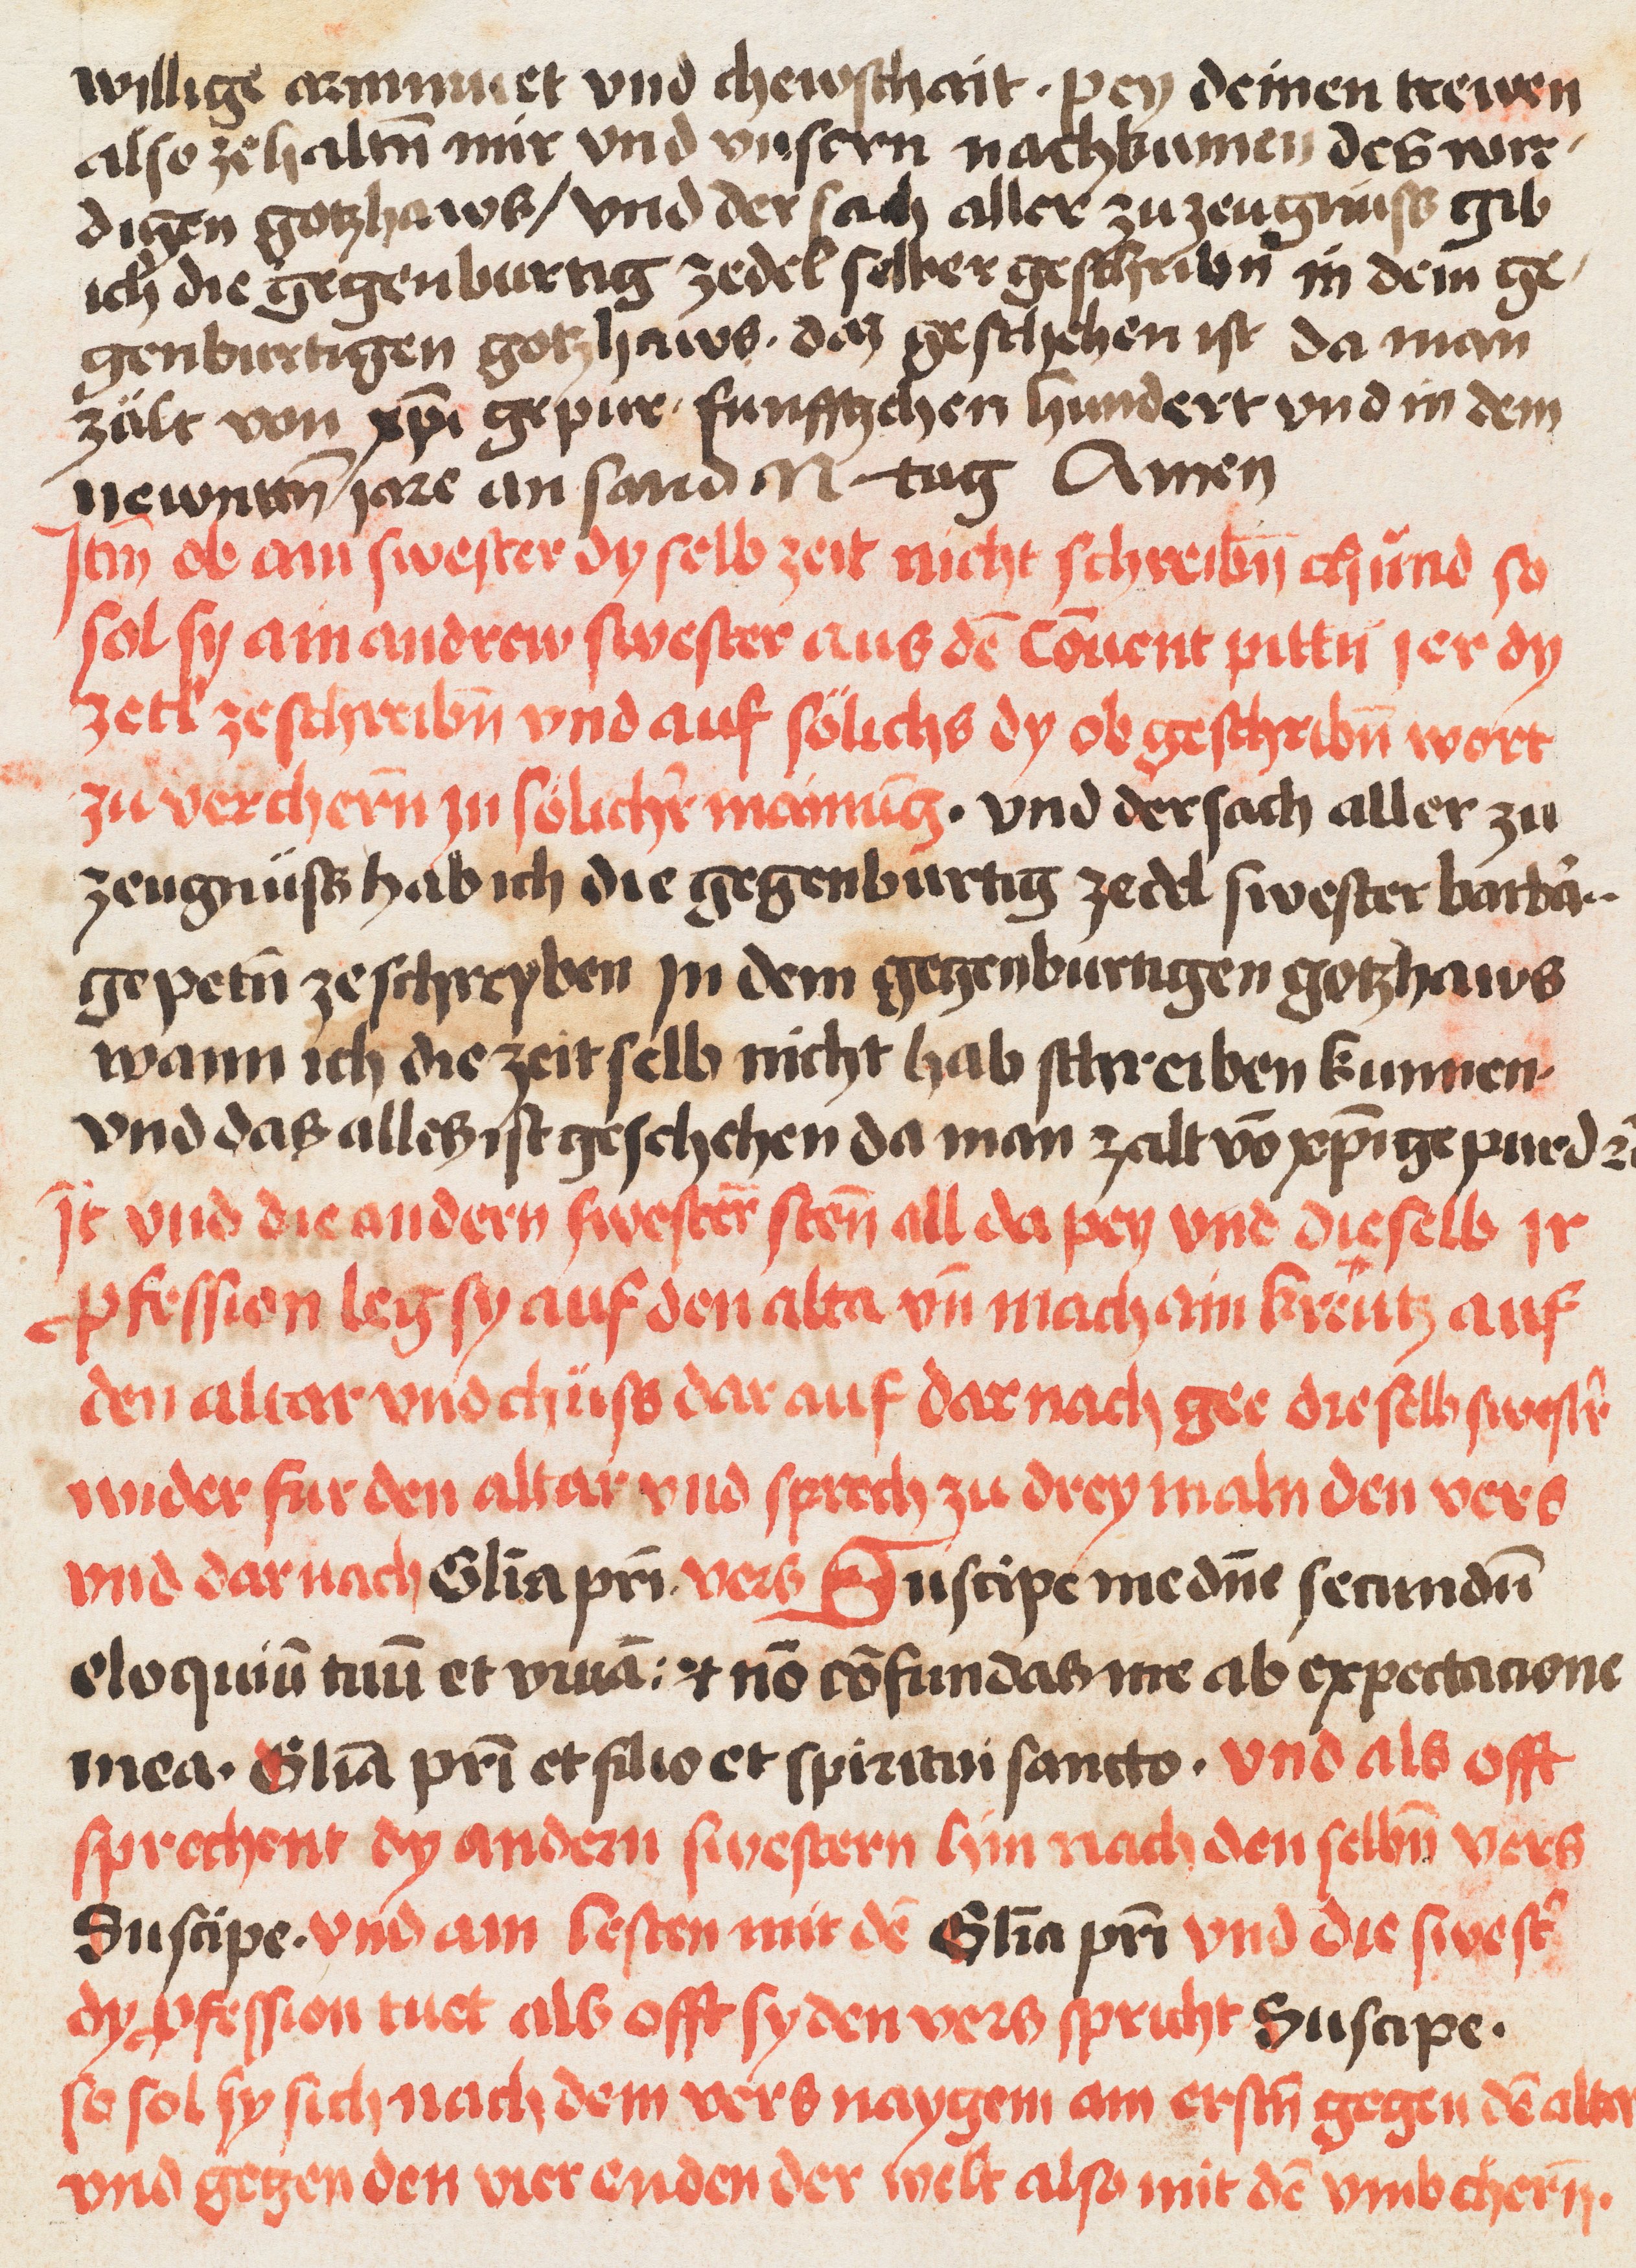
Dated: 1509–1533